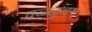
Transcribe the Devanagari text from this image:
वळ्ळुवम्